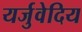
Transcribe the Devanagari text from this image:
यर्जुवेदिय